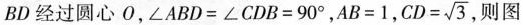
BD经过圆心O，$$\angle ABD=\angle CDB=90^{\circ}$$，$$AB=1$$， $$CD= \sqrt{3}$$ 则图